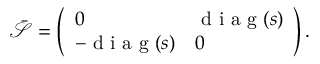
\begin{array} { r } { \bar { \mathcal { S } } = \left( \begin{array} { l l } { 0 } & { \mathrm { ~ d ~ i ~ a ~ g ~ } ( s ) } \\ { - \mathrm { ~ d ~ i ~ a ~ g ~ } ( s ) } & { 0 } \end{array} \right) . } \end{array}